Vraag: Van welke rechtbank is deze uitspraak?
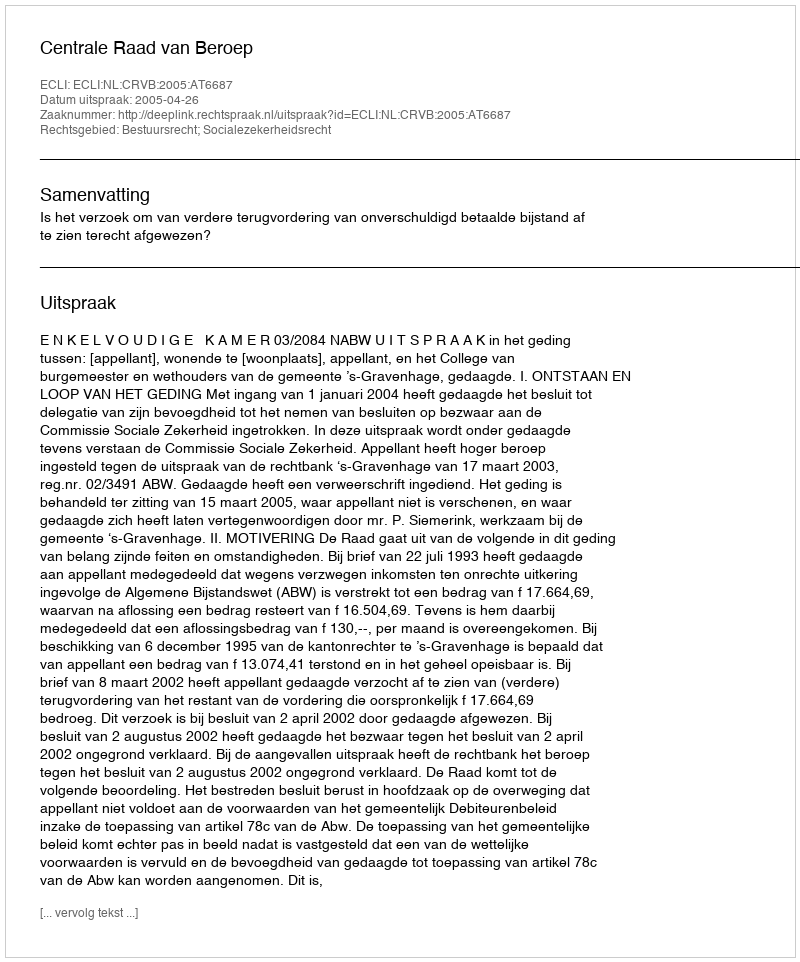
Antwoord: Centrale Raad van Beroep